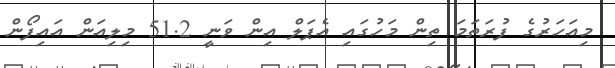
މިއަހަރުގެ ފުރަތަމަ ތިން މަހުގައި އެޕަލް އިން ވަނީ 51.2 މިލިއަން އައިފޯން